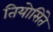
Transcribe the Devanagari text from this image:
तियोसिंते